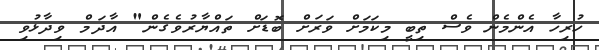
ހުރިހާ އެންމެން ވެސް ތިބީ މިކަމަށް ވަރަށް ބޮޑަށް ތައްޔާރުވެގެން" އާދަމް ވިދާޅުވި